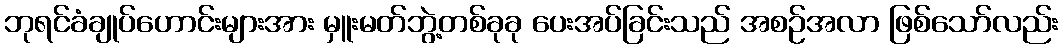
ဘုရင်ခံချုပ်ဟောင်းများအား မှူးမတ်ဘွဲ့တစ်ခုခု ပေးအပ်ခြင်းသည် အစဉ်အလာ ဖြစ်သော်လည်း